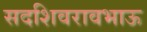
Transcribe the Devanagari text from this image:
सदशिवरावभाऊ